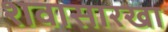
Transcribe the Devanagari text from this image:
शवासारखा